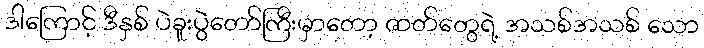
ဒါကြောင့် ဒီနှစ် ပဲခူးပွဲတော်ကြီးမှာတော့ ဇာတ်တွေရဲ့ အသစ်အသစ် သော